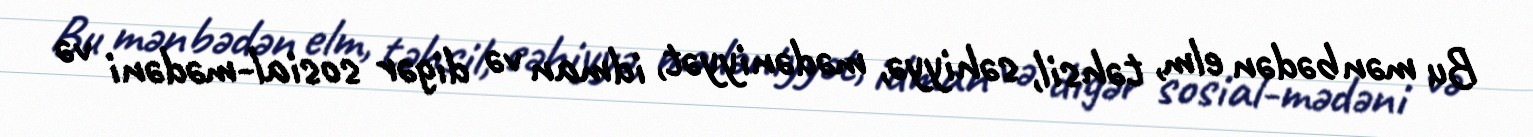
Bu mənbədən elm, təhsil, səhiyyə, mədəniyyət, idman və digər sosial-mədəni və